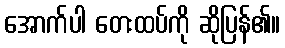
အောက်ပါ တေးထပ်ကို ဆိုပြန်၏။